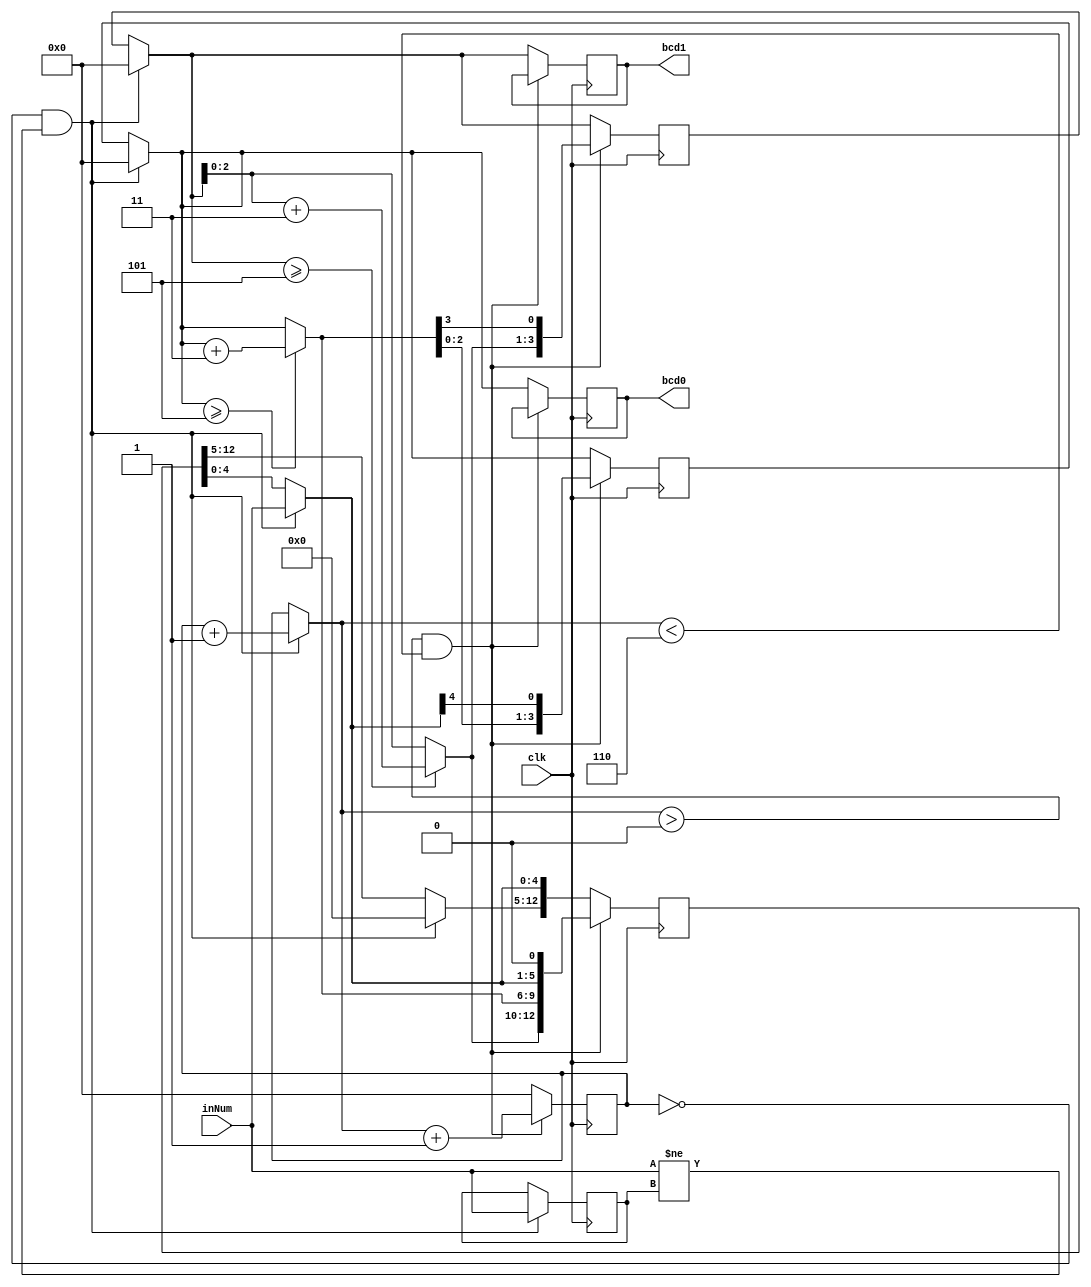
module BinarytoBCD_s(bcd0, bcd1, inNum, clk);

    output reg [3:0] bcd0, bcd1;                                    //ones, tens 

    input [4:0] inNum;                                              //input binary 
    input clk; 

    reg [3:0] n, bcd0_temp, bcd1_temp = 0;
    reg [4:0] inNum_init = 0; 
    reg [12:0] shiftReg = 0;                                        //min required bits for reg; 5 for binary + 8 for bcd 

    always @(posedge clk) begin
        if (n == 0 && (inNum != inNum_init)) begin                  //second cond means you only enter this if at the start 
            shiftReg = 13'b0; 
            inNum_init = inNum; 
            shiftReg[4:0] = inNum;                                  //set first to fifth bits to input number 
            bcd0_temp = shiftReg[8:5];                              //ones
            bcd1_temp = shiftReg[12:9];                             //tens                            
            n = n + 1;      
        end
        if (n > 0 && n < 6) begin                                   //5 shifts for 5 bits
            if(bcd0_temp >= 5) 
                bcd0_temp = bcd0_temp + 3;                          //check if any of the bcd blocks are >= 5 if so add 3
            if(bcd1_temp >= 5)
                bcd1_temp = bcd1_temp + 3; 
            shiftReg[12:5] = {bcd1_temp, bcd0_temp};                // set shift reg to new values if >= 5 condition met
            shiftReg = shiftReg << 1;                               // "<<" shift operator, shifts the bits left by the value on the right side; in this case 1 bit shift to the left 
            bcd0_temp = shiftReg[8:5];                             //ones
            bcd1_temp = shiftReg[12:9];                            //tens; setting our temp values to new values to be checked again
            n = n + 1;    
        end 
        else begin 
                bcd0 = bcd0_temp;                                   //set the two outputs                 
                bcd1 = bcd1_temp;  
                n = 0;                                              //shifting complete, n = 0; 
        end     
    end

endmodule